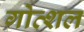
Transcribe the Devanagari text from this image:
गोत्शल